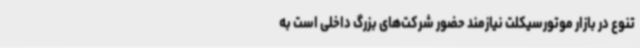
تنوع در بازار موتورسیکلت نیازمند حضور شرکت‌های بزرگ داخلی است به